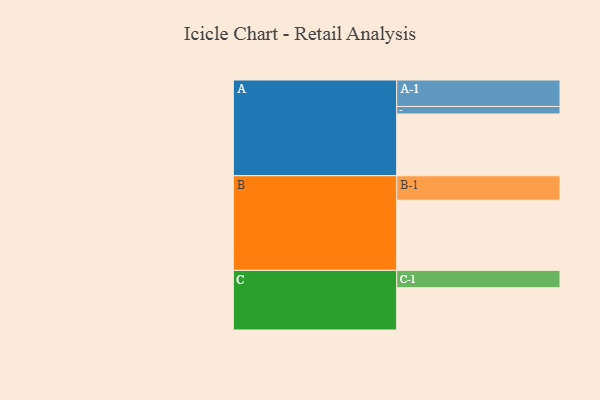
{"axis": {"x": "Segment", "y": "Value"}, "legend": ["", "A", "B", "C"], "data": [{"x": "A", "y": 469, "type": ""}, {"x": "B", "y": 533, "type": ""}, {"x": "C", "y": 321, "type": ""}, {"x": "A-1", "y": 201, "type": "A"}, {"x": "A-2", "y": 57, "type": "A"}, {"x": "B-1", "y": 186, "type": "B"}, {"x": "C-1", "y": 132, "type": "C"}]}